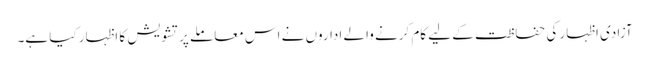
آزادی اظہار کی حفاظت کے لیے کام کرنے والے اداروں نے اس معاملے پر تشویش کا اظہار کیا ہے۔